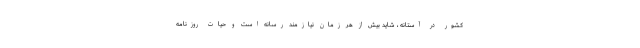
کشور در آستانه ، شاید بیش از هر زمان نیازمند رسانه است و حیات روزنامه